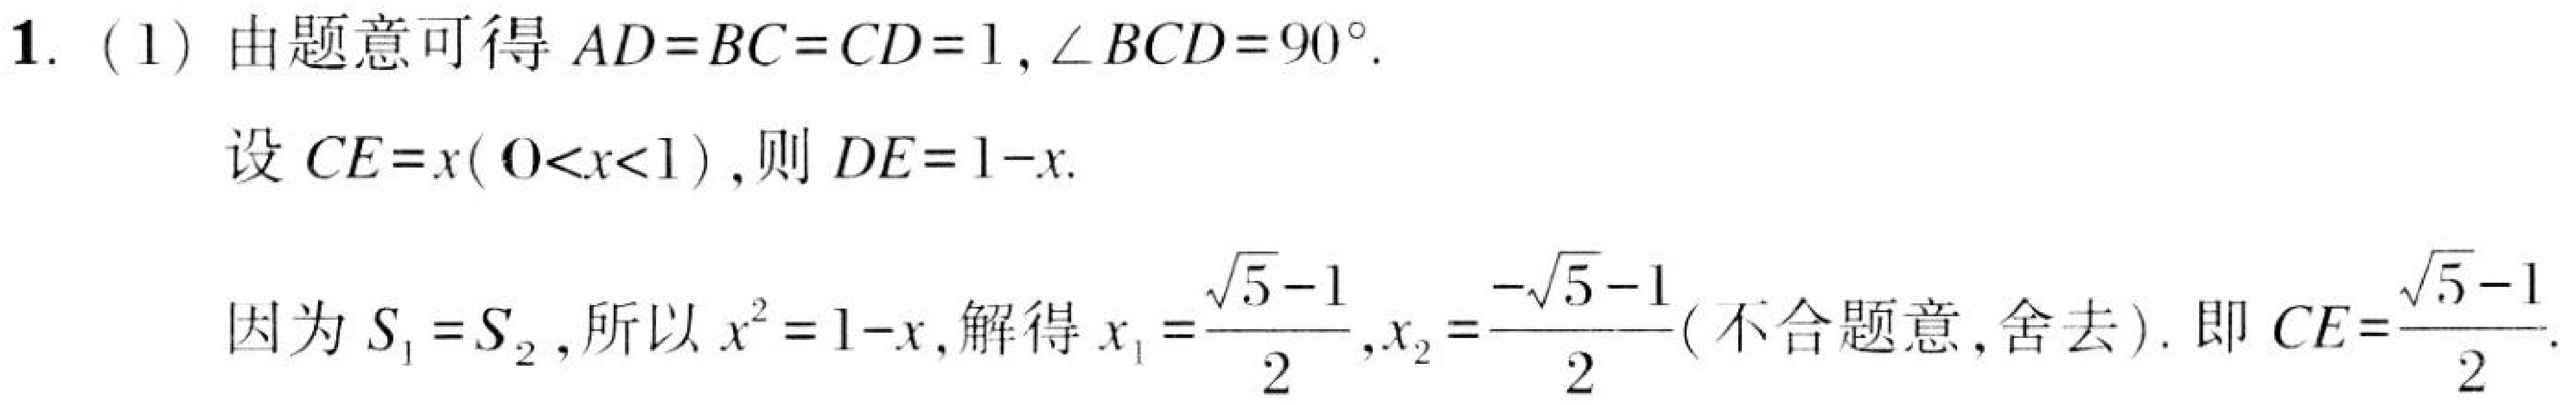
1. (1) 由题意可得$AD = BC = CD = 1,\angle BCD = 90^{\circ}$.
设$CE = x(0<x<1)$, 则$DE = 1 - x$.
因为$S_{1}=S_{2}$, 所以$x^{2}=1 - x$, 解得$x_{1}=\dfrac{\sqrt{5}-1}{2},x_{2}=\dfrac{-\sqrt{5}-1}{2}$(不合题意,舍去). 即$CE=\dfrac{\sqrt{5}-1}{2}$.